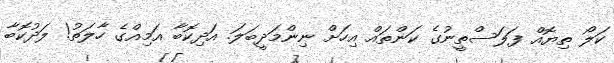
ކަލޯ ތިޔޮއް ފަލަސްތީނުގެ ކަންތައް އިހަށް ނިންމަދީބަލަ. އަދިކޮބާ އަމިއްގެ ހާލަތު! ލަދުކޮބާ